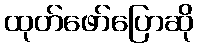
ထုတ်ဖော်ပြောဆို